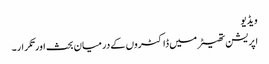
ویڈیو
اپریشن تھیٹر میں ڈاکٹروں کے درمیان بحث اورتکرار۔